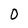
Character: 0